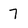
Character: 7